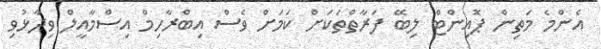
އެންމެ މަތިން ޕޮއިންޓް ލިބޭ ފަރާތްތަކަށް ކަމަށް ވެސް އިބްރާހިމް އިސްމާއީލް ވިދާޅުވި